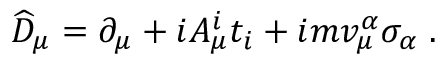
\widehat { D } _ { \mu } = \partial _ { \mu } + i A _ { \mu } ^ { i } t _ { i } + i m v _ { \mu } ^ { \alpha } \sigma _ { \alpha } \; .